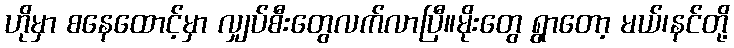
ဟိုမှာ စနေထောင့်မှာ လျှပ်စီးတွေလက်လာပြီ။မိုးတွေ ရွာတော့ မယ်၊နင်တို့